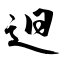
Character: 𨑨